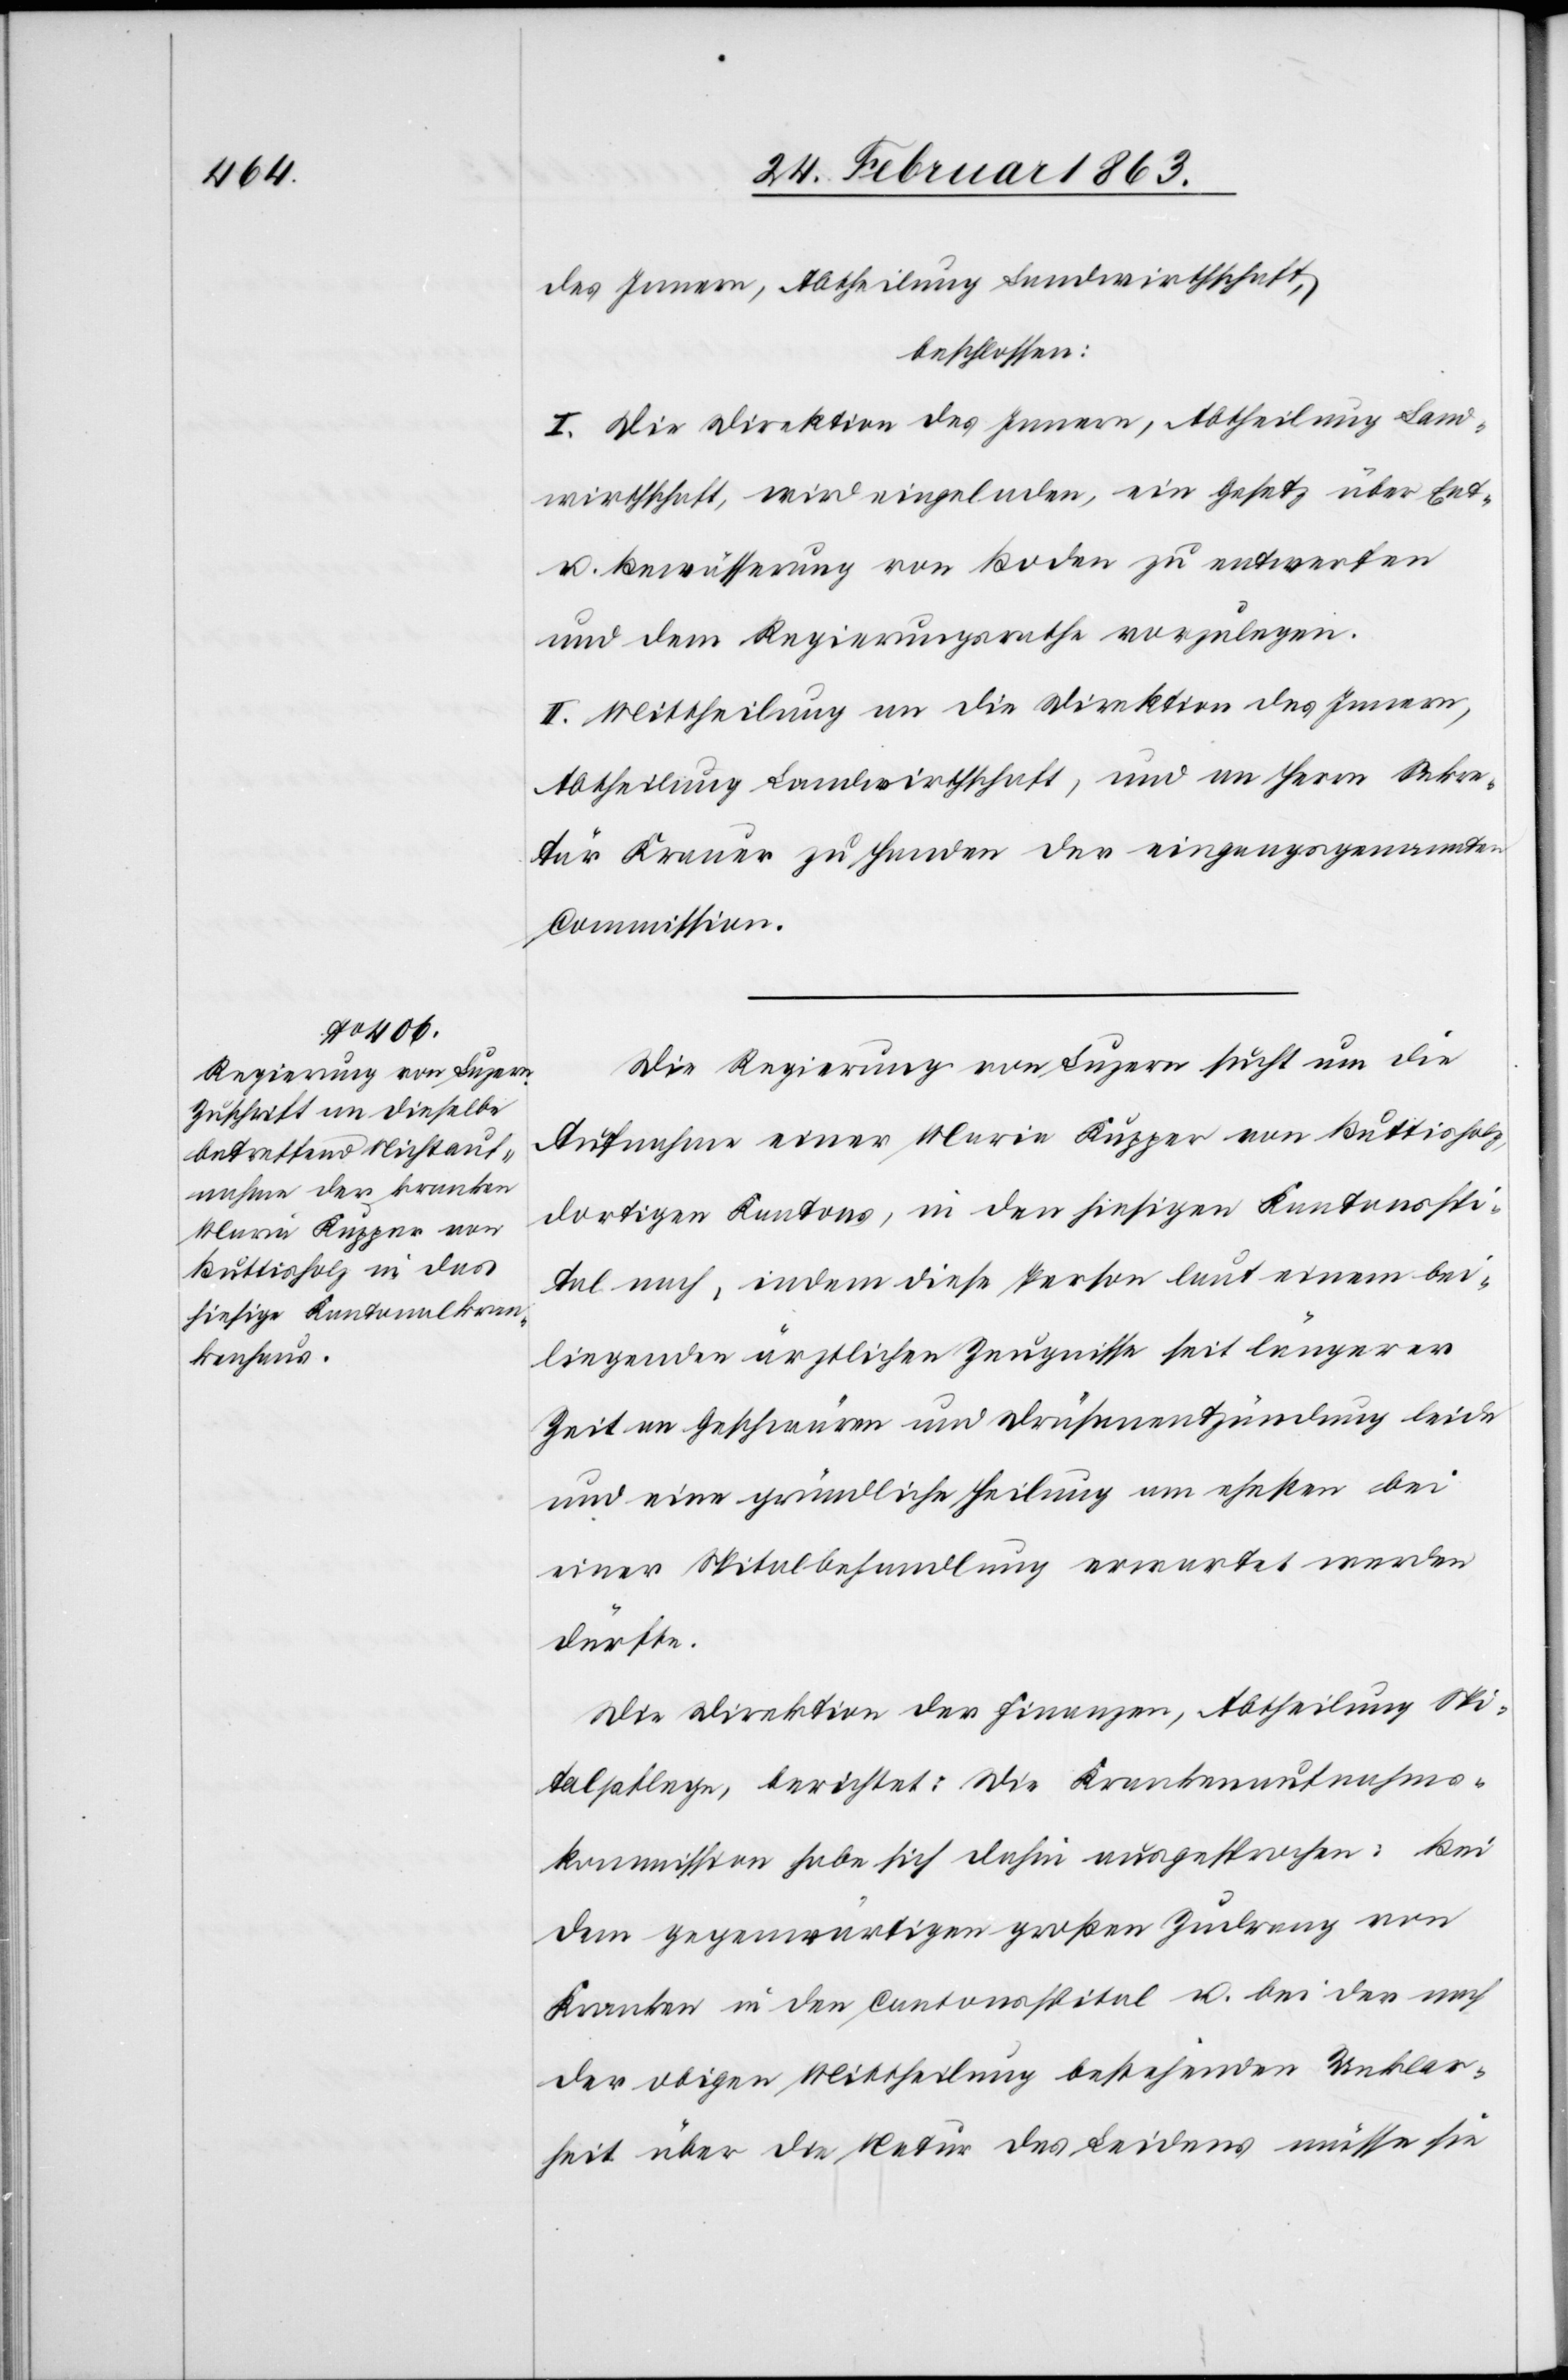
des Innern, Abtheilung Landwirthschaft,
beschlossen:
I. Die Direktion des Innern, Abtheilung Land¬
wirthschaft, wird eingeladen, ein Gesetz über Ent-
u. Bewässerung von Boden zu entwerfen
und dem Regierungsrathe vorzulegen.
II. Mittheilung an die Direktion des Innern,
Abtheilung Landwirthschaft, und an Herrn Sekre¬
tär Krauer zu Handen der eingangsgenannten
Commission.
Die Regierung von Luzern sucht um die
Aufnahme einer Maria Kupper von Buttisholz,
dortigen Kantons, in den hiesigen Kantonsspi¬
tal nach, indem diese Person laut einem bei¬
liegenden ärztlichen Zeugnisse seit längerer
Zeit an Geschwüren und Drüsenentzündung leide
und eine gründliche Heilung am ehesten bei
einer Spitalbehandlung erwartet werden
dürfte.
Die Direktion der Finanzen, Abtheilung Spi¬
talpflege, berichtet: Die Krankenaufnahms¬
kommission habe sich dahin ausgesprochen: Bei
dem gegenwärtigen großen Zudrang von
Kranken in den Cantonsspital u. bei der nach
der obigen Mittheilung bestehenden Unklar¬
heit über die Natur des Leidens müsse sie